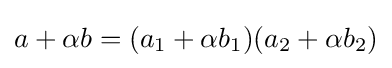
a+\alpha b=(a_{1}+\alpha b_{1})(a_{2}+\alpha b_{2})